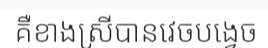
គឺខាងស្រីបានវេចបង្វេច